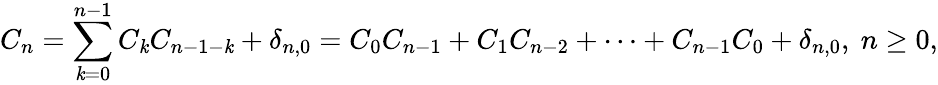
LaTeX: C_{n}=\sum_{\mathit{k}=0}^{n-1}C_{\mathit{k}}C_{n-1-\mathit{k}}+\delta_{n,0}=C_{0}C_{n-1}+C_{1}C_{n-2}+\cdots+C_{n-1}C_{0}+\delta_{n,0},\ n\geq0,